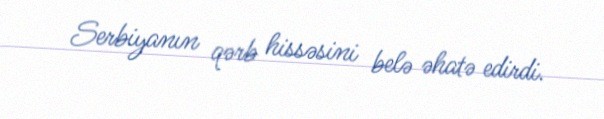
Serbiyanın qərb hissəsini belə əhatə edirdi.